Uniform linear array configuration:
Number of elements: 24
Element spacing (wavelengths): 1
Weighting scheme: kaiser
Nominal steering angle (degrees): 15
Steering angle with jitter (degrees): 14.387
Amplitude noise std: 0.05
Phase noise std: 0.05

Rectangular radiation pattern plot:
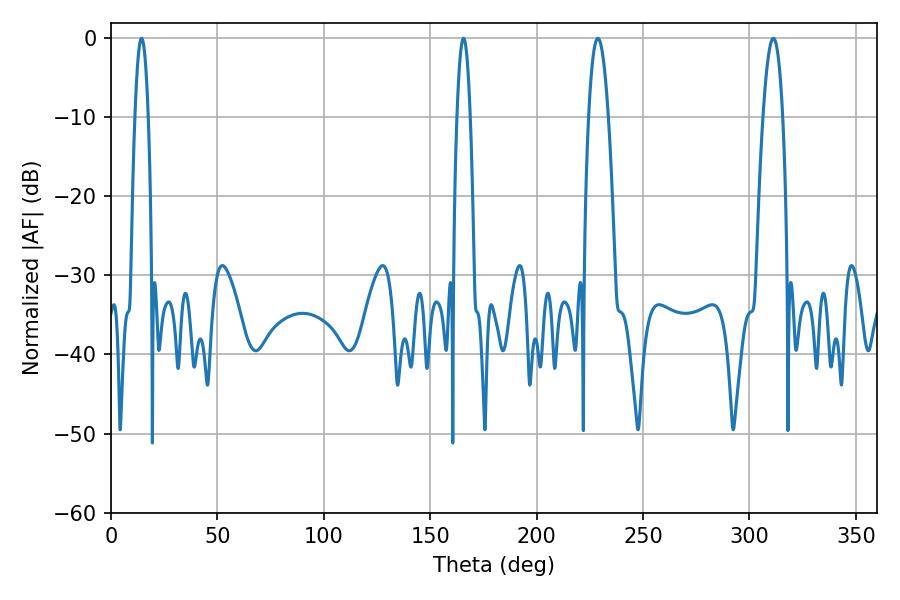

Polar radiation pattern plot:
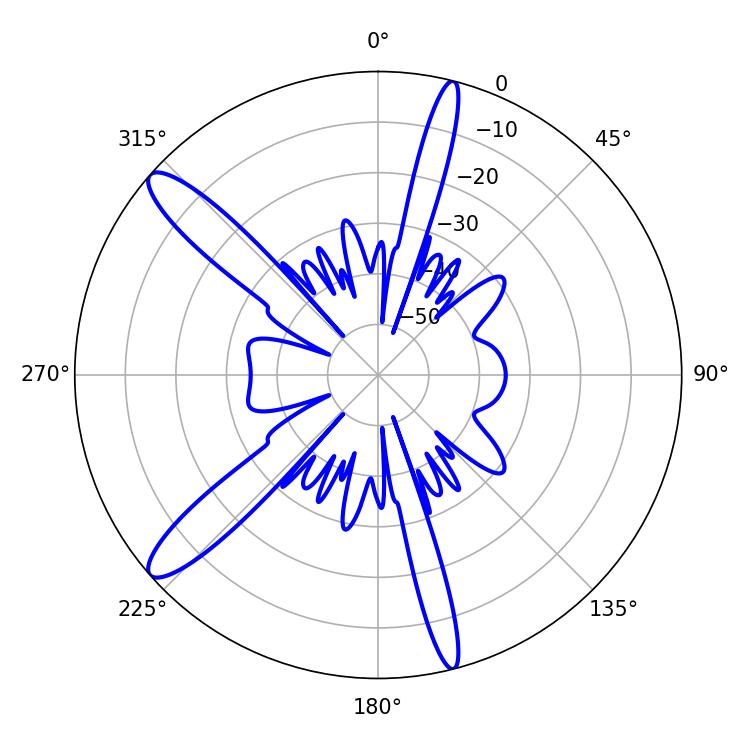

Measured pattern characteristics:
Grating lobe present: TRUE
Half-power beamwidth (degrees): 5.22
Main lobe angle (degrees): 228.78